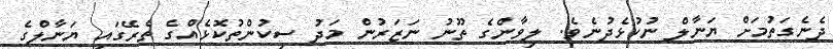
ދެނެގަތުމަށް ޔަނާލް ނުކުޅެދުނެވެ. ލިވާންގެ ތޫނު ނަޒަރުން މަދު ސިކުންތުކޮޅެއްގެ ތެރޭގައި ޔަނާލްގެ